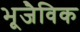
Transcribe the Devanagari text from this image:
भूजैविक